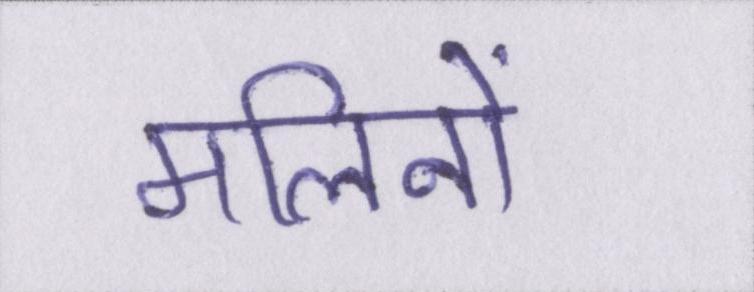
मलिनों